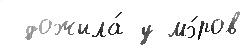
 дожила́ у мэ́ров